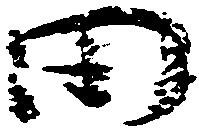
田